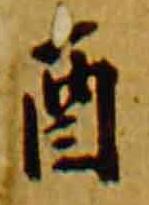
酉